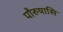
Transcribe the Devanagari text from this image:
पौरुषासि